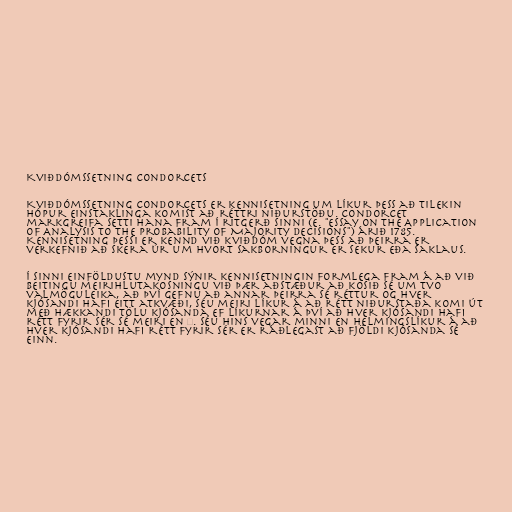
Kviðdómssetning Condorcets

Kviðdómssetning Condorcets er kennisetning um líkur þess að tilekin
hópur einstaklinga komist að réttri niðurstöðu. Condorcet
markgreifa setti hana fram í ritgerð sinni (e. "Essay on the Application
of Analysis to the Probability of Majority Decisions") árið 1785.
Kennisetning þessi er kennd við kviðdóm vegna þess að þeirra er
verkefnið að skera úr um hvort sakborningur er sekur eða saklaus.

Í sinni einföldustu mynd sýnir kennisetningin formlega fram á að við
beitingu meirihlutakosningu við þær aðstæður að kosið sé um tvo
valmöguleika, að því gefnu að annar þeirra sé réttur og hver
kjósandi hafi eitt atkvæði, séu meiri líkur á að rétt niðurstaða komi út
með hækkandi tölu kjósanda ef líkurnar á því að hver kjósandi hafi
rétt fyrir sér sé meiri en ½. Séu hins vegar minni en helmingslíkur á að
hver kjósandi hafi rétt fyrir sér er ráðlegast að fjöldi kjósanda sé
einn.